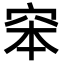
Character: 𥥑